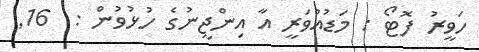
ހަވީރު ފޮޓޯ : މަޑުއްވަރީ އާ އިންޖީނުގެ ހުޅުވުން :  16